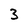
Character: 3